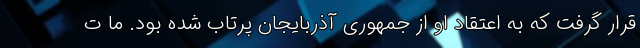
قرار گرفت که به اعتقاد او از جمهوری آذربایجان پرتاب شده بود. ما ت